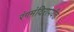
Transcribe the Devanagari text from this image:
रंगमंदिरापर्यंत